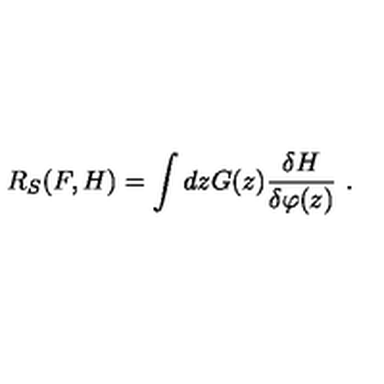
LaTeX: R _ { S } ( F , H ) = \int d z G ( z ) \frac { \delta H } { \delta \varphi ( z ) } \ .